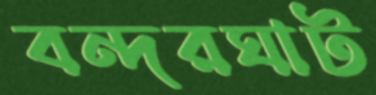
বন্দরঘাট